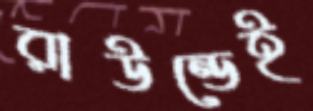
রাউন্ডেই